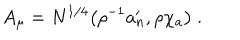
A _ { \mu } = N ^ { 1 / 4 } \big ( \rho ^ { - 1 } a _ { n } ^ { \prime } , \rho \chi _ { a } \big ) \ .